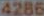
4286